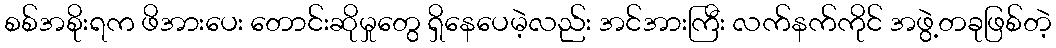
စစ်အစိုးရက ဖိအားပေး တောင်းဆိုမှုတွေ ရှိနေပေမဲ့လည်း အင်အားကြီး လက်နက်ကိုင် အဖွဲ့တခုဖြစ်တဲ့